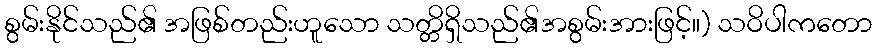
စွမ်းနိုင်သည်၏ အဖြစ်တည်းဟူသော သတ္တိရှိသည်၏အစွမ်းအားဖြင့်။) သဝိပါကတော